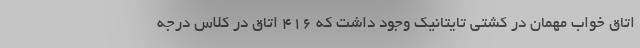
اتاق خواب مهمان در کشتی تایتانیک وجود داشت که 416 اتاق در کلاس درجه